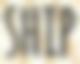
SHIP